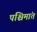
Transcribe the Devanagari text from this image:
पश्चिमांत